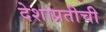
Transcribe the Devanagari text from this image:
देशाप्रतीची